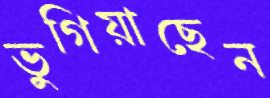
ভুগিয়াছেন